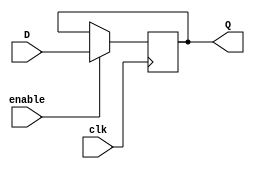
module d_latch(input D, input enable, input clk, output reg Q);

always @(posedge clk) begin
    if (enable)
        Q <= D;
end

endmodule